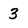
Character: 3